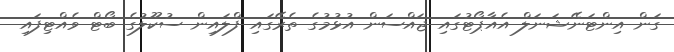
ގަން އިންޓަނޭޝަނަލް އެއާޕޯޓުގައި ޖައްސަން އުޅުމުގެ ތެރޭގައި ފްލައިން ސުކޫލުގެ ބޯޓް ވެއްޓިފައި